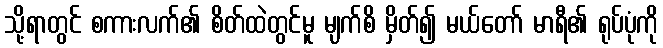
သို့ရာတွင် စကားလက်၏ စိတ်ထဲတွင်မူ မျက်စိ မှိတ်၍ မယ်တော် မာရီ၏ ရုပ်ပုံကို